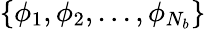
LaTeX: \left\{ \phi_{1},\phi_{2},...,\phi_{N_{b}}\right\}